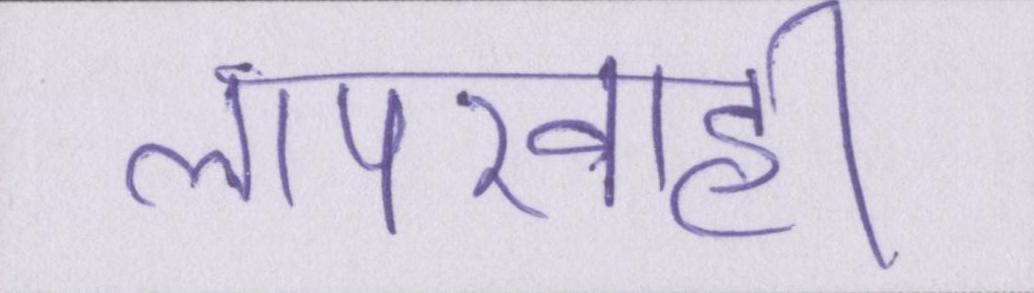
लापरवाही